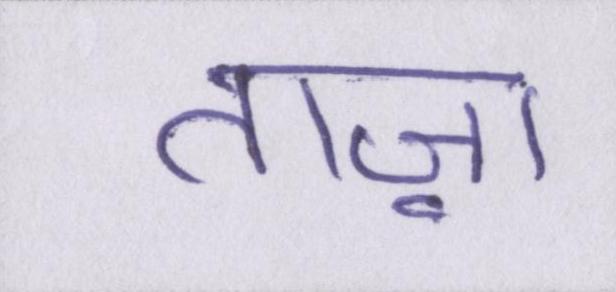
ताज़ा